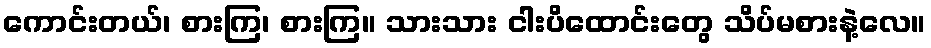
ကောင်းတယ်၊ စားကြ၊ စားကြ။ သားသား ငါးပိထောင်းတွေ သိပ်မစားနဲ့လေ။